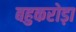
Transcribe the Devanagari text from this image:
बहुकरोड़ा